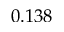
0 . 1 3 8